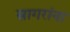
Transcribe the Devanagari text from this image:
सागरांना